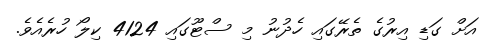
އަށް ގަޑި އިރުގެ ތެރޭގައި ހެދުނު މި ސްޓޫގައި 4124 ކިލޯ ހުރެއެވެ.